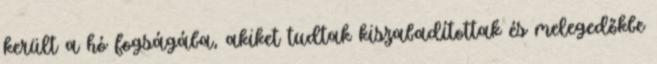
került a hó fogságába, akiket tudtak kiszabadítottak és melegedőkbe